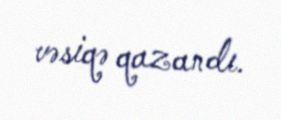
vəsiqə qazandı.